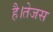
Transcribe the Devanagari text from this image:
है।तेजस